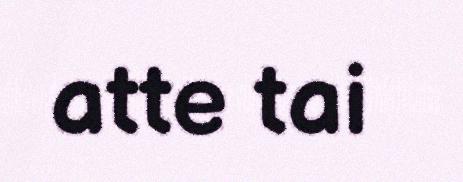
atte tai